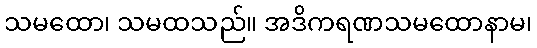
သမထော၊ သမထသည်။ အဒိကရဏသမထောနာမ၊